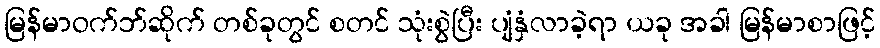
မြန်မာဝက်ဘ်ဆိုက် တစ်ခုတွင် စတင် သုံးစွဲပြီး ပျံနှံလာခဲ့ရာ ယခု အခါ မြန်မာစာဖြင့်